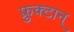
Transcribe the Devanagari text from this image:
फ्रुक्टान्